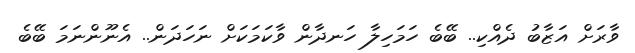
ވާރަށް އަޒާބު ދެއްކި.. ބޭބެ ހަމަހިލާ ހަނދާން ވާކަމަކަށް ނަހަދަން.. އެނޫންނަމަ ބޭބެ